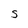
Character: S